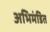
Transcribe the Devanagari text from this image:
अभिमंडित